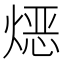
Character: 𱫯